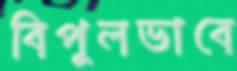
বিপুলভাবে